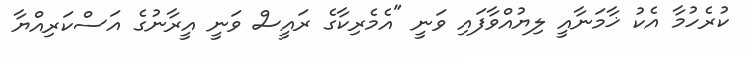
ކުރެހުމާ އެކު ޚާމަނާއީ ލިޔުއްވާފައި ވަނީ "އެމެރިކާގެ ރައީސް ވަނީ އީރާނުގެ އަސްކަރިއްޔާ